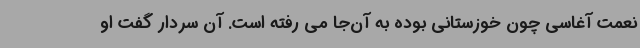
نعمت آغاسی چون خوزستانی بوده به آن‌جا می رفته است. آن سردار گفت او